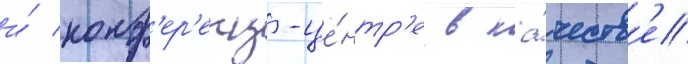
и́ конф'ер'енц-це́нтр'е в ка́честв'е